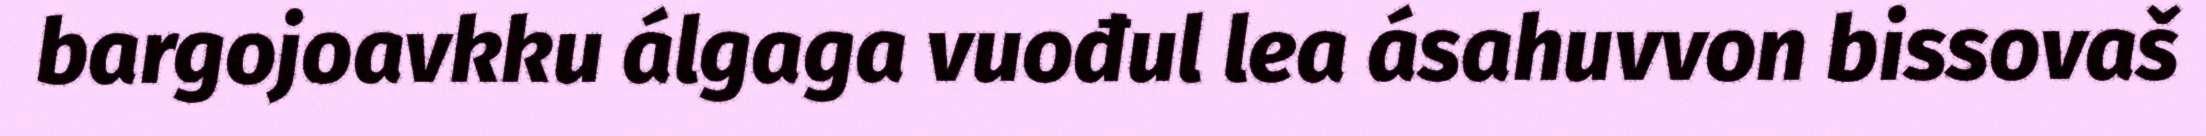
bargojoavkku álgaga vuođul lea ásahuvvon bissovaš